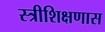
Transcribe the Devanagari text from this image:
स्त्रीशिक्षणास